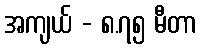
အကျယ် - ၈.၇၅ မီတာ